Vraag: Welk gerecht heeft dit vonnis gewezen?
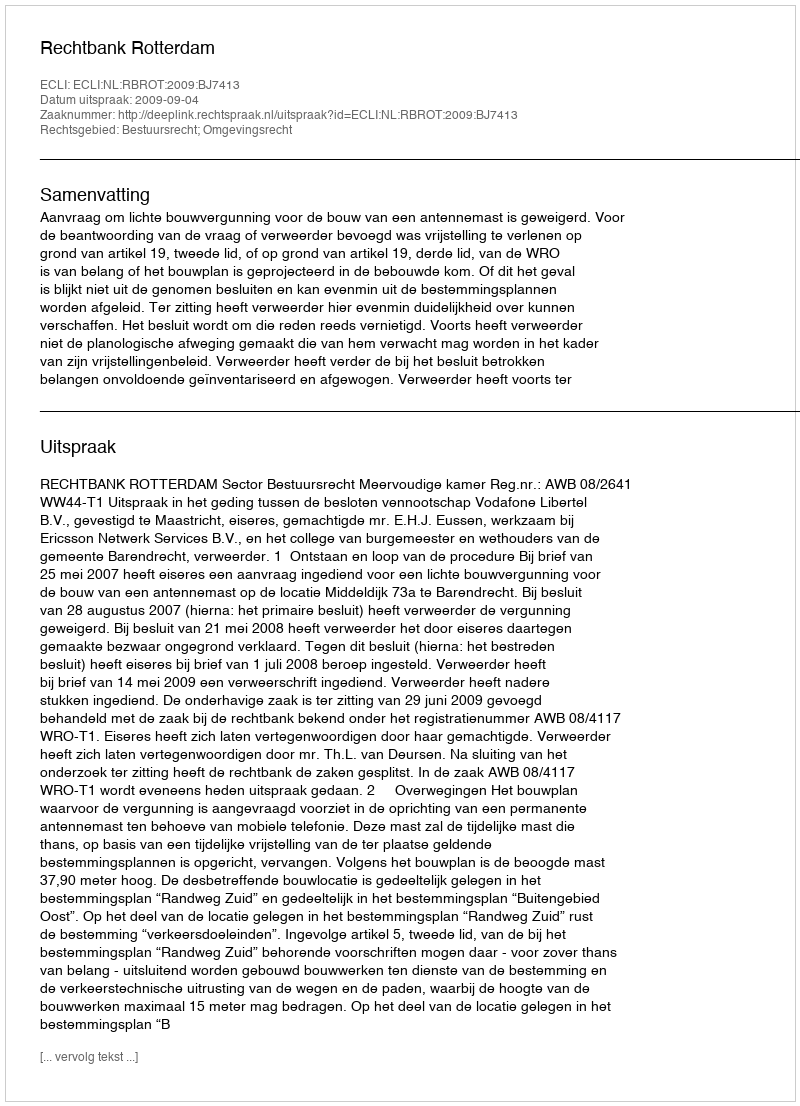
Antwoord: Rechtbank Rotterdam